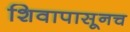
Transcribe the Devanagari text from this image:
शिवापासूनच